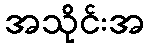
အသိုင်းအ